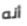
أنه